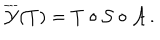
LaTeX: \overline { { { \cal Y } } } ( T ) = T \circ { \cal S } \circ { \cal A } \, .